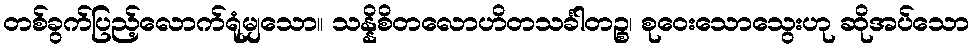
တစ်ခွက်ပြည့်လောက်ရုံမျှသော။ သန္နိစိတလောဟိတသင်္ခါတဉ္စ၊ စုဝေးသောသွေးဟု ဆိုအပ်သော